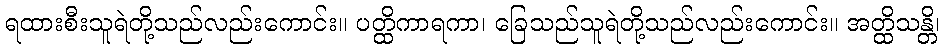
ရထားစီးသူရဲတို့သည်လည်းကောင်း။ ပတ္ထိကာရကာ၊ ခြေသည်သူရဲတို့သည်လည်းကောင်း။ အတ္ထိသန္တိ၊